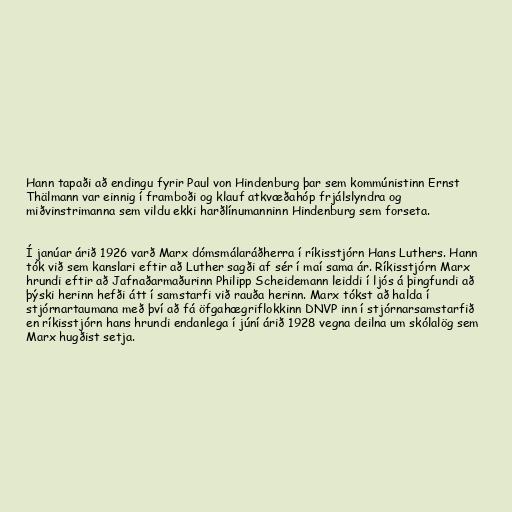
Hann tapaði að endingu fyrir Paul von Hindenburg þar sem kommúnistinn Ernst
Thälmann var einnig í framboði og klauf atkvæðahóp frjálslyndra og
miðvinstrimanna sem vildu ekki harðlínumanninn Hindenburg sem forseta.

Í janúar árið 1926 varð Marx dómsmálaráðherra í ríkisstjórn Hans Luthers. Hann
tók við sem kanslari eftir að Luther sagði af sér í maí sama ár. Ríkisstjórn Marx
hrundi eftir að Jafnaðarmaðurinn Philipp Scheidemann leiddi í ljós á þingfundi að
þýski herinn hefði átt í samstarfi við rauða herinn. Marx tókst að halda í
stjórnartaumana með því að fá öfgahægriflokkinn DNVP inn í stjórnarsamstarfið
en ríkisstjórn hans hrundi endanlega í júní árið 1928 vegna deilna um skólalög sem
Marx hugðist setja.